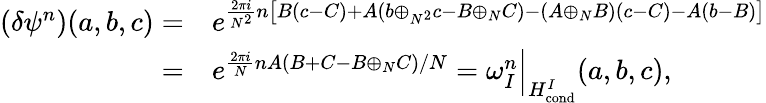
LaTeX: \begin{array}{rl}{(\delta\psi^{n})(a,b,c)=}&{e^{\frac{2\pi i}{N^{2}}n\left[B(c-C)+A(b\oplus_{N^{2}}c-B\oplus_{N}C)-(A\oplus_{N}B)(c-C)-A(b-B)\right]}}\\ {=}&{e^{\frac{2\pi i}{N}nA(B+C-B\oplus_{N}C)/N}=\omega_{I}^{n}\Big|_{H_{\mathrm{cond}}^{I}}(a,b,c),}\end{array}